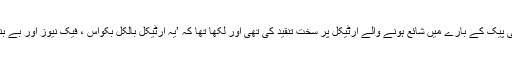
انہوں نے سی پیک کے بارے میں شائع ہونے والے آرٹیکل پر سخت تنقید کی تھی اور لکھا تھا کہ ’یہ آرٹیکل بالکل بکواس ، فیک نیوز اور بے بنیاد افواہ ہے۔